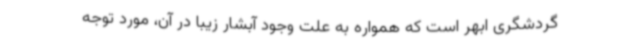
گردشگری ابهر است که همواره به علت وجود آبشار زیبا در آن، مورد توجه